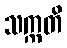
သက္ကတိ